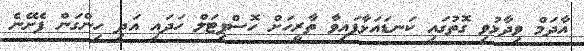
އާދަމް ވިދާޅުވި ގޮތުގައި ކަނޑައަޅާފައިވާ ތާރީހަށް ހޮސްޕިޓަލް ހަދައި އަދި ހިންގަން ފެށޭނެ